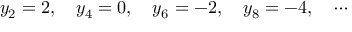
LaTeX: y _ { 2 } = 2 , \quad y _ { 4 } = 0 , \quad y _ { 6 } = - 2 , \quad y _ { 8 } = - 4 , \quad \cdots